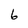
Character: 6